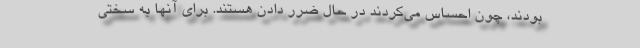
بودند، چون احساس می‌کردند در حال ضرر دادن هستند. برای آنها به سختی